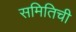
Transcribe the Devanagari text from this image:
समितिची